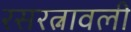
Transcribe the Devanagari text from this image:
रसरत्नावली